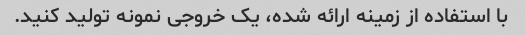
با استفاده از زمینه ارائه شده، یک خروجی نمونه تولید کنید.